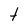
Character: t